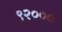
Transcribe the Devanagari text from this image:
९२०००